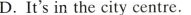
D.It'sin the city centre.